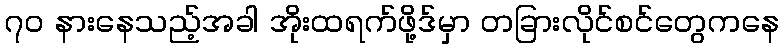
၇၀ နားနေသည့်အခါ အိုးထရက်ဖို့ဒ်မှာ တခြားလိုင်စင်တွေကနေ